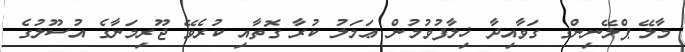
މާލޭ ޕްްލޭނިންގ ގަވާއިދާ ޚިލާފުވުމުން ޢަމަލު ކުރާ ގޮތާއި ކުރެވޭ ޖޫރިމަނާގެ އުސޫލުގެ